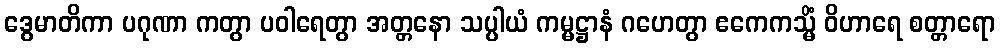
ဒွေမာတိကာ ပဂုဏာ ကတွာ ပဝါရေတွာ အတ္တနော သပ္ပါယံ ကမ္မဋ္ဌာနံ ဂဟေတွာ ဧကေကသ္မိံ ဝိဟာရေ စတ္တာရော